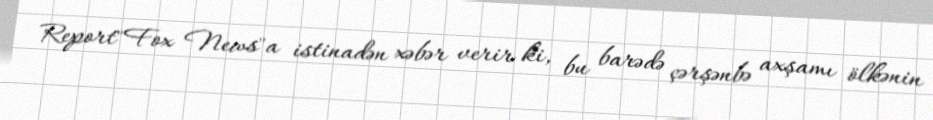
Report"Fox News"a istinadən xəbər verir ki, bu barədə çərşənbə axşamı ölkənin